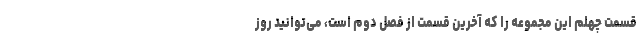
قسمت چهلم این مجموعه را که آخرین قسمت از فصل دوم است، می‌توانید روز